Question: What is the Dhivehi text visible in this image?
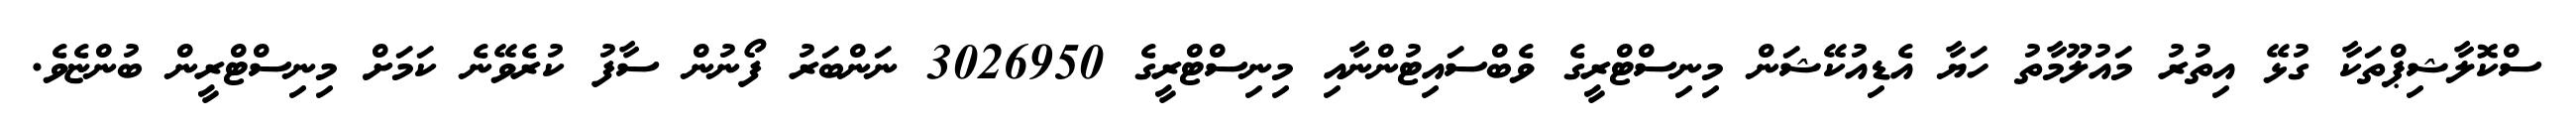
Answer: ސްކޮލާޝިޕްތަކާ ގުޅޭ އިތުރު މައުލޫމާތު ހަޔާ އެޑިއުކޭޝަން މިނިސްޓްރީގެ ވެބްސައިޓުންނާއި މިނިސްޓްރީގެ 3026950 ނަންބަރު ފޯނުން ސާފު ކުރެވޭނެ ކަމަށް މިނިސްޓްރީން ބުންޏެވެ.